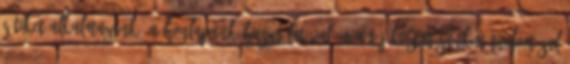
sütiket alkalmazunk. A honlapunk használatával ön a tájékoztatásunkat tudomásul